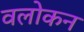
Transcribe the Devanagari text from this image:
वलोकन